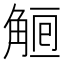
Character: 𧣰